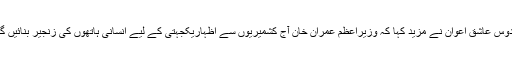
فردوس عاشق اعوان نے مزید کہا کہ وزیراعظم عمران خان آج کشمیریوں سے اظہاریکجہتی کے لیے انسانی ہاتھوں کی زنجیر بنائیں گے۔